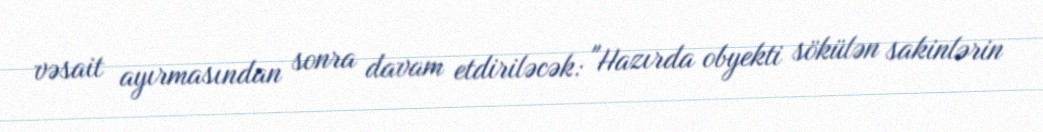
vəsait ayırmasından sonra davam etdiriləcək: "Hazırda obyekti sökülən sakinlərin